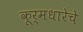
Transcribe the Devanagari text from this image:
कूर्मधारेचे